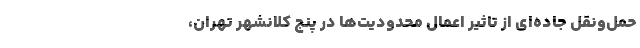
حمل‌ونقل جاده‌ای از تاثیر اعمال محدودیت‌ها در پنج کلانشهر تهران،